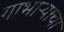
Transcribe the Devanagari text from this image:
गाभाऱ्याचा